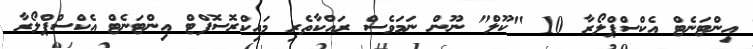
އިންޓަނެޓް އެކްސްޕްލޯރާ 10 "ކޫލް" ނޫން ނަމަވެސް ރައްކާތެރި މައިކްރޮސޮފްޓް އިންޓަނެޓް އެކްސްޕްލޯރާ